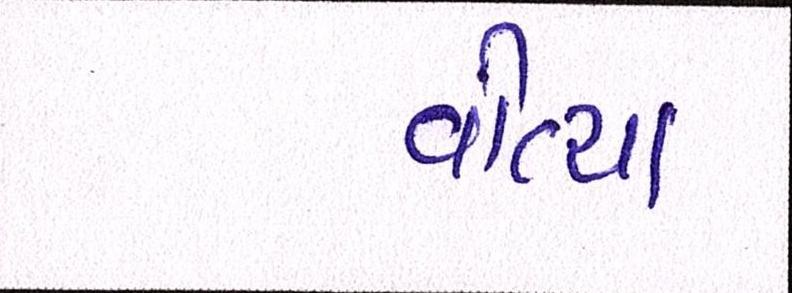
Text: વીત્યા